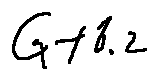
G + 6 . 2